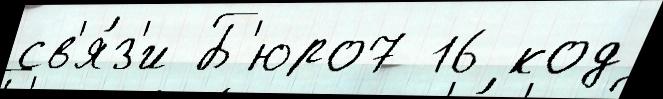
св'я́з'и Б'юро7 16 код